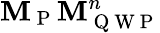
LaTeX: \mathbf{M}_{\mathrm{{~P~}}}\mathbf{M}_{\mathrm{{~Q~W~P~}}}^{n}